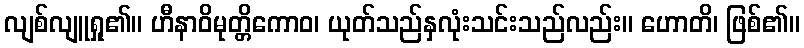
လျစ်လျူရှု၏။ ဟီနာဝိမုတ္တိကောဝ၊ ယုတ်သည်နှလုံးသင်းသည်လည်း။ ဟောတိ၊ ဖြစ်၏။